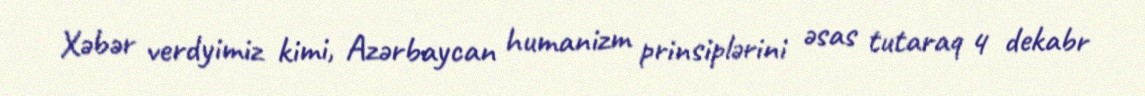
Xəbər verdyimiz kimi, Azərbaycan humanizm prinsiplərini əsas tutaraq 4 dekabr